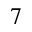
7